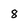
Character: 8